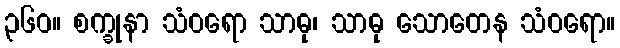
၃၆၀။ စက္ခုနာ သံဝရော သာဓု၊ သာဓု သောတေန သံဝရော။